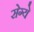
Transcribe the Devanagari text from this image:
सेग्ये